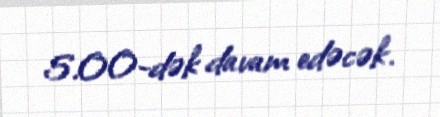
5.00-dək davam edəcək.